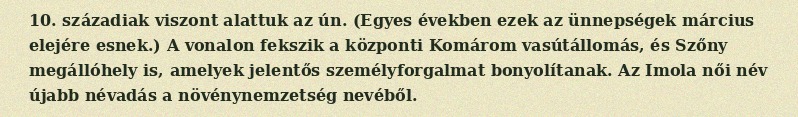
10. századiak viszont alattuk az ún. (Egyes években ezek az ünnepségek március elejére esnek.) A vonalon fekszik a központi Komárom vasútállomás, és Szőny megállóhely is, amelyek jelentős személyforgalmat bonyolítanak. Az Imola női név újabb névadás a növénynemzetség nevéből.